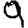
Digit: 9